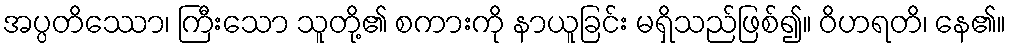
အပ္ပတိဿော၊ ကြီးသော သူတို့၏ စကားကို နာယူခြင်း မရှိသည်ဖြစ်၍။ ဝိဟရတိ၊ နေ၏။